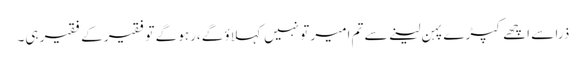
ذرا سے اچھے کپڑے پہن لینے سے تم امیر تو نہیں کہلاؤ گے،رہو گے تو فقیر کے فقیر ہی۔